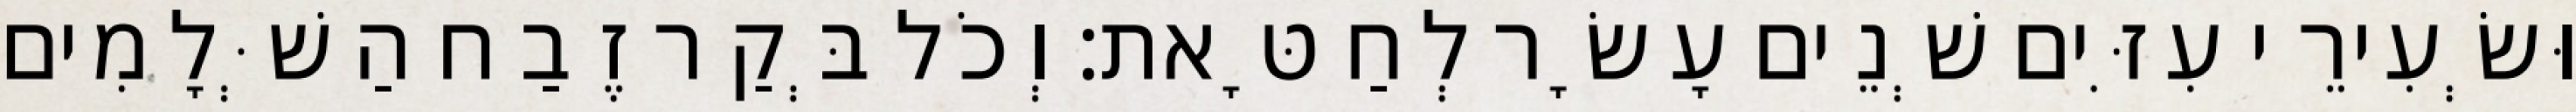
וּשְׂעִירֵי עִזִּים שְׁנֵים עָשָׂר לְחַטָּאת׃ וְכֹל בְּקַר זֶבַח הַשְּׁלָמִים